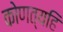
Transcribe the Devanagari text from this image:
कोणत्यहि